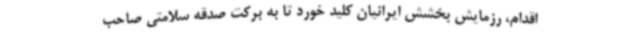
اقدام، رزمایش بخشش ایرانیان کلید خورد تا به برکت صدقه سلامتی صاحب